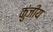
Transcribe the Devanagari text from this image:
कुंजीय